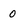
Character: o